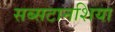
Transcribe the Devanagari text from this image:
सब्सटानशिया